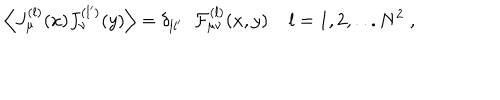
\Big \langle J _ { \mu } ^ { ( l ) } ( x ) J _ { \nu } ^ { ( l ^ { \prime } ) } ( y ) \Big \rangle = \delta _ { l l ^ { \prime } } \; \; { \cal F } _ { \mu \nu } ^ { ( l ) } ( x , y ) \; l = 1 , 2 , . . . N ^ { 2 } \; ,